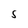
Character: S